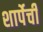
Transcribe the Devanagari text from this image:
शार्पेची